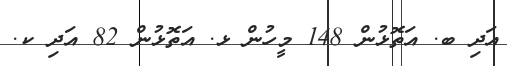
އަދި ބ. އަތޮޅުން 148 މީހުން ޅ. އަތޮޅުން 82 އަދި ކ.